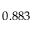
0 . 8 8 3